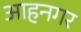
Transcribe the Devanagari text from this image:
आहनगर